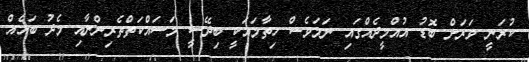
ކުރަނީ ވަރަށް ބޮޑު އުއްމީދެއްގައި ނަމަވެސް ހިތާމައަކީ ބިދޭސީ މަސައްކަތްތެރިންނާއި މެދު ބައެއް